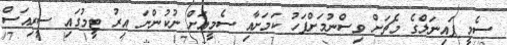
ސެމީ ފައިނަލްގެ މެޗަށް ވިސްނުމަށްފަހު ކަމަށާއި ސެމީއަށް ނުކުންނަ އިރު ޓީމުގައި ސީރިއަސް